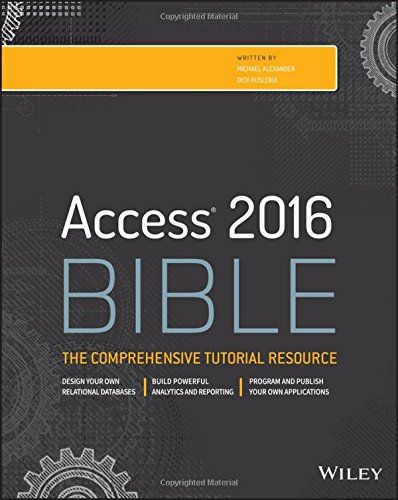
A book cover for Access 2016 Bible; Michael Alexander; Computers & Technology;